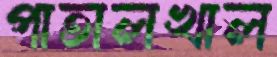
পাতালখাল